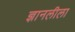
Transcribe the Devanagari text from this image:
ज्ञानलीला